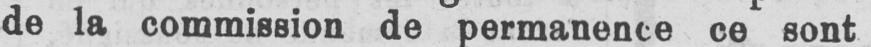
de la commission de permanence ce sont